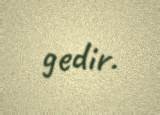
gedir.